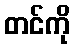
တင်ကို